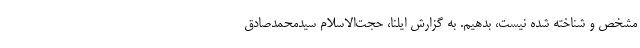
مشخص و شناخته شده نیست، بدهیم. به گزارش ایلنا، حجت‌الاسلام سیدمحمدصادق